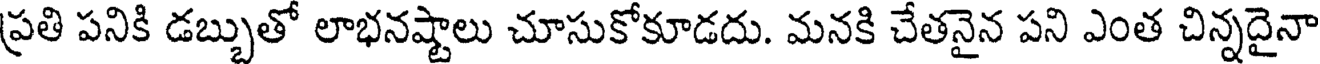
ప్రతి పనికి డబ్బుతో లాభనష్టాలు చూసుకోకూడదు. మనకి చేతనైన పని ఎంత చిన్నదైనా